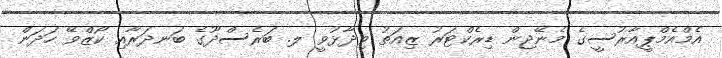
އެމްއެމްޕީއާރުސީގެ މެނޭޖިން ޑިރެކްޓަރު ޒިއަތު ވިދާޅުވީ ލ. ބަރެސްދޫގެ ބަނދަރާއި ކޯޒްވޭ ހަދަން